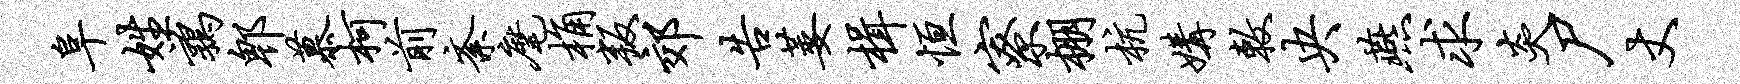
阜姓鹑郫慕柯前紊麾桷叛郊告萎楫恒寮棚杭媾敕央燕求炎尸丈